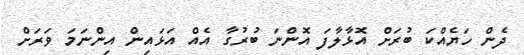
ދެން ހަޔެއްކަ ބުރަށް އޮޅާލާފަ އޮންނަ ބުރުގާ އެއް އަޅައިން އިންނަމަ ވަރަށް